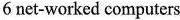
6 net-worked computers